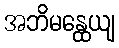
အဘိမန္ထေယျ